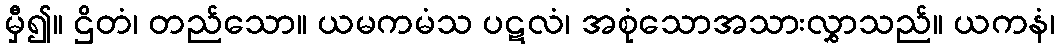
မှီ၍။ ဌိတံ၊ တည်သော။ ယမကမံသ ပဋလံ၊ အစုံသောအသားလွှာသည်။ ယကနံ၊